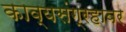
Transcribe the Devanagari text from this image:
काव्यसंग्रहावर